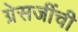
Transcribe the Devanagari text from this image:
ग्रेसजींची